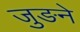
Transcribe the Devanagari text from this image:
जुङने